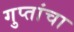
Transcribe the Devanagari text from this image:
गुप्तांचा